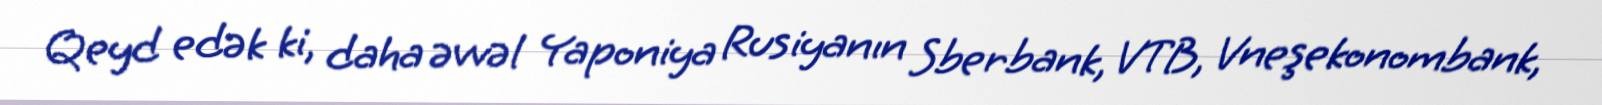
Qeyd edək ki, daha əvvəl Yaponiya Rusiyanın Sberbank, VTB, Vneşekonombank,